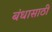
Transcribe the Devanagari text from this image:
बंधासाठी